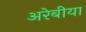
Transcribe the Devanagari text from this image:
अरेबीया